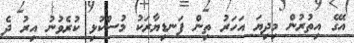
އޭގެ އިތުރުން މިދިޔަ އަހަރު ތިން ފަނޑިޔާރަކު މުސްކުޅި ކުރެވުނު އިރު ދެ